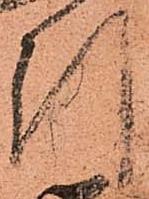
引